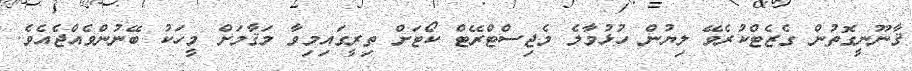
ޤާނޫނީގޮތުން ގެޒެޓްކުރެވޭ ލިޔުން ހުޅުމާލެ މެޖިސްޓްރޭޓް ކޯޓަށް ތިރީގައިމިވާ މަޤާމަށް މީހަކު ބޭނުންވެއްޖެއެވެ.